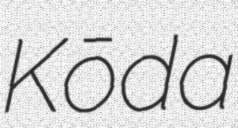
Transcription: Kōda